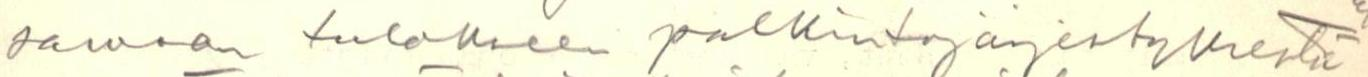
samaan tulokseen palkintojärjestyksestä